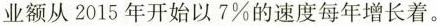
业额从2015年开始以7%的速度每年增长着。